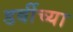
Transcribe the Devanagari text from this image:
डर्बीच्या